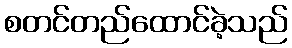
စတင်တည်ထောင်ခဲ့သည်